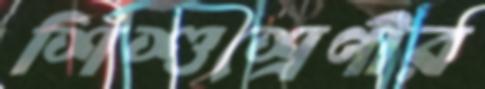
শিশুশ্রেণীর